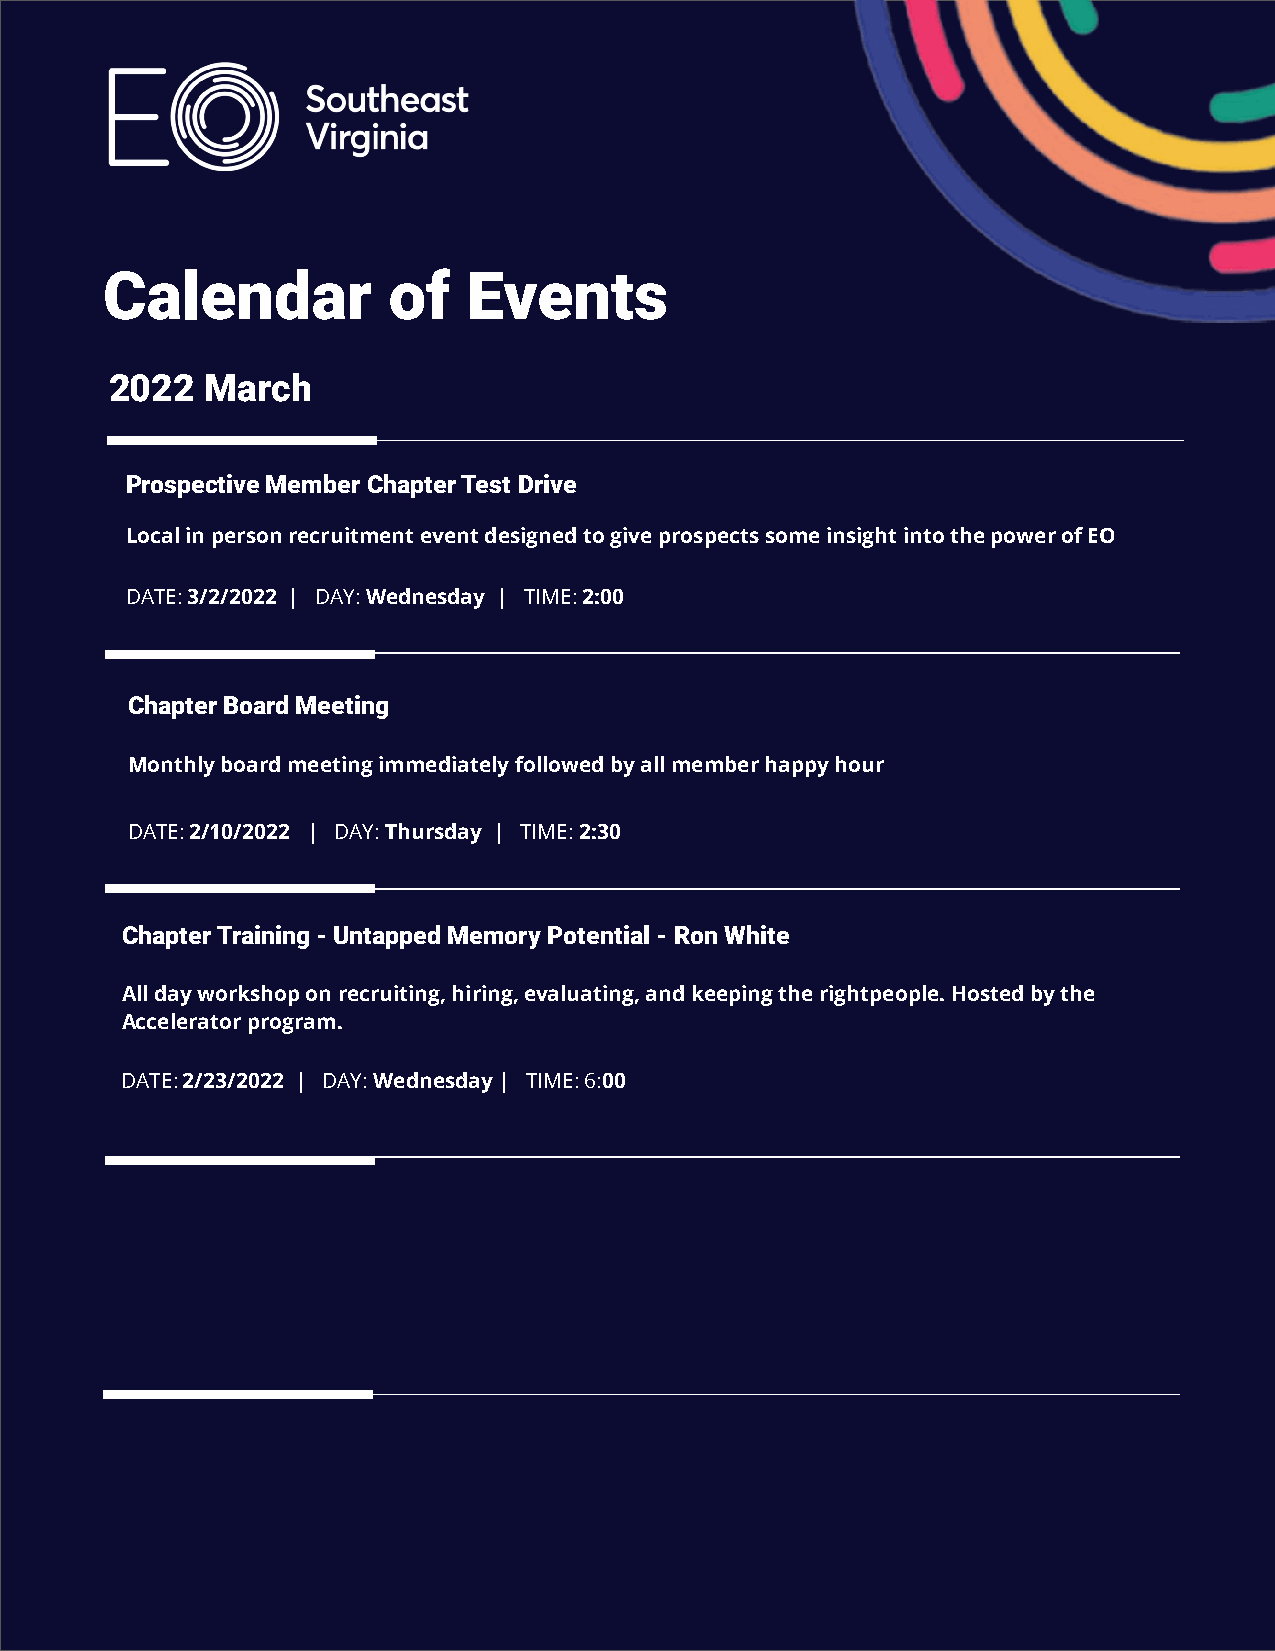
Calendar           of   Events
 2022   March
 Prospective Member Chapter Test Drive
 Local in person recruitment event designed to give prospects some insight into the power of EO
 DATE: 3/2/2022 | DAY: Wednesday | TIME: 2:00
 Chapter Board Meeting
 Monthly board meeting immediately followed by all member happy hour
 DATE: 2/10/2022 | DAY: Thursday | TIME: 2:30
 Chapter Training - Untapped Memory Potential - Ron White
 All day workshop on recruiting, hiring, evaluating, and keeping the rightpeople. Hosted by the
 Accelerator program.
 DATE: 2/23/2022 | DAY: Wednesday | TIME: 6:00